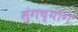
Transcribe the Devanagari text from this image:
सुंगच्यांग